Riigikantselei, lk 203
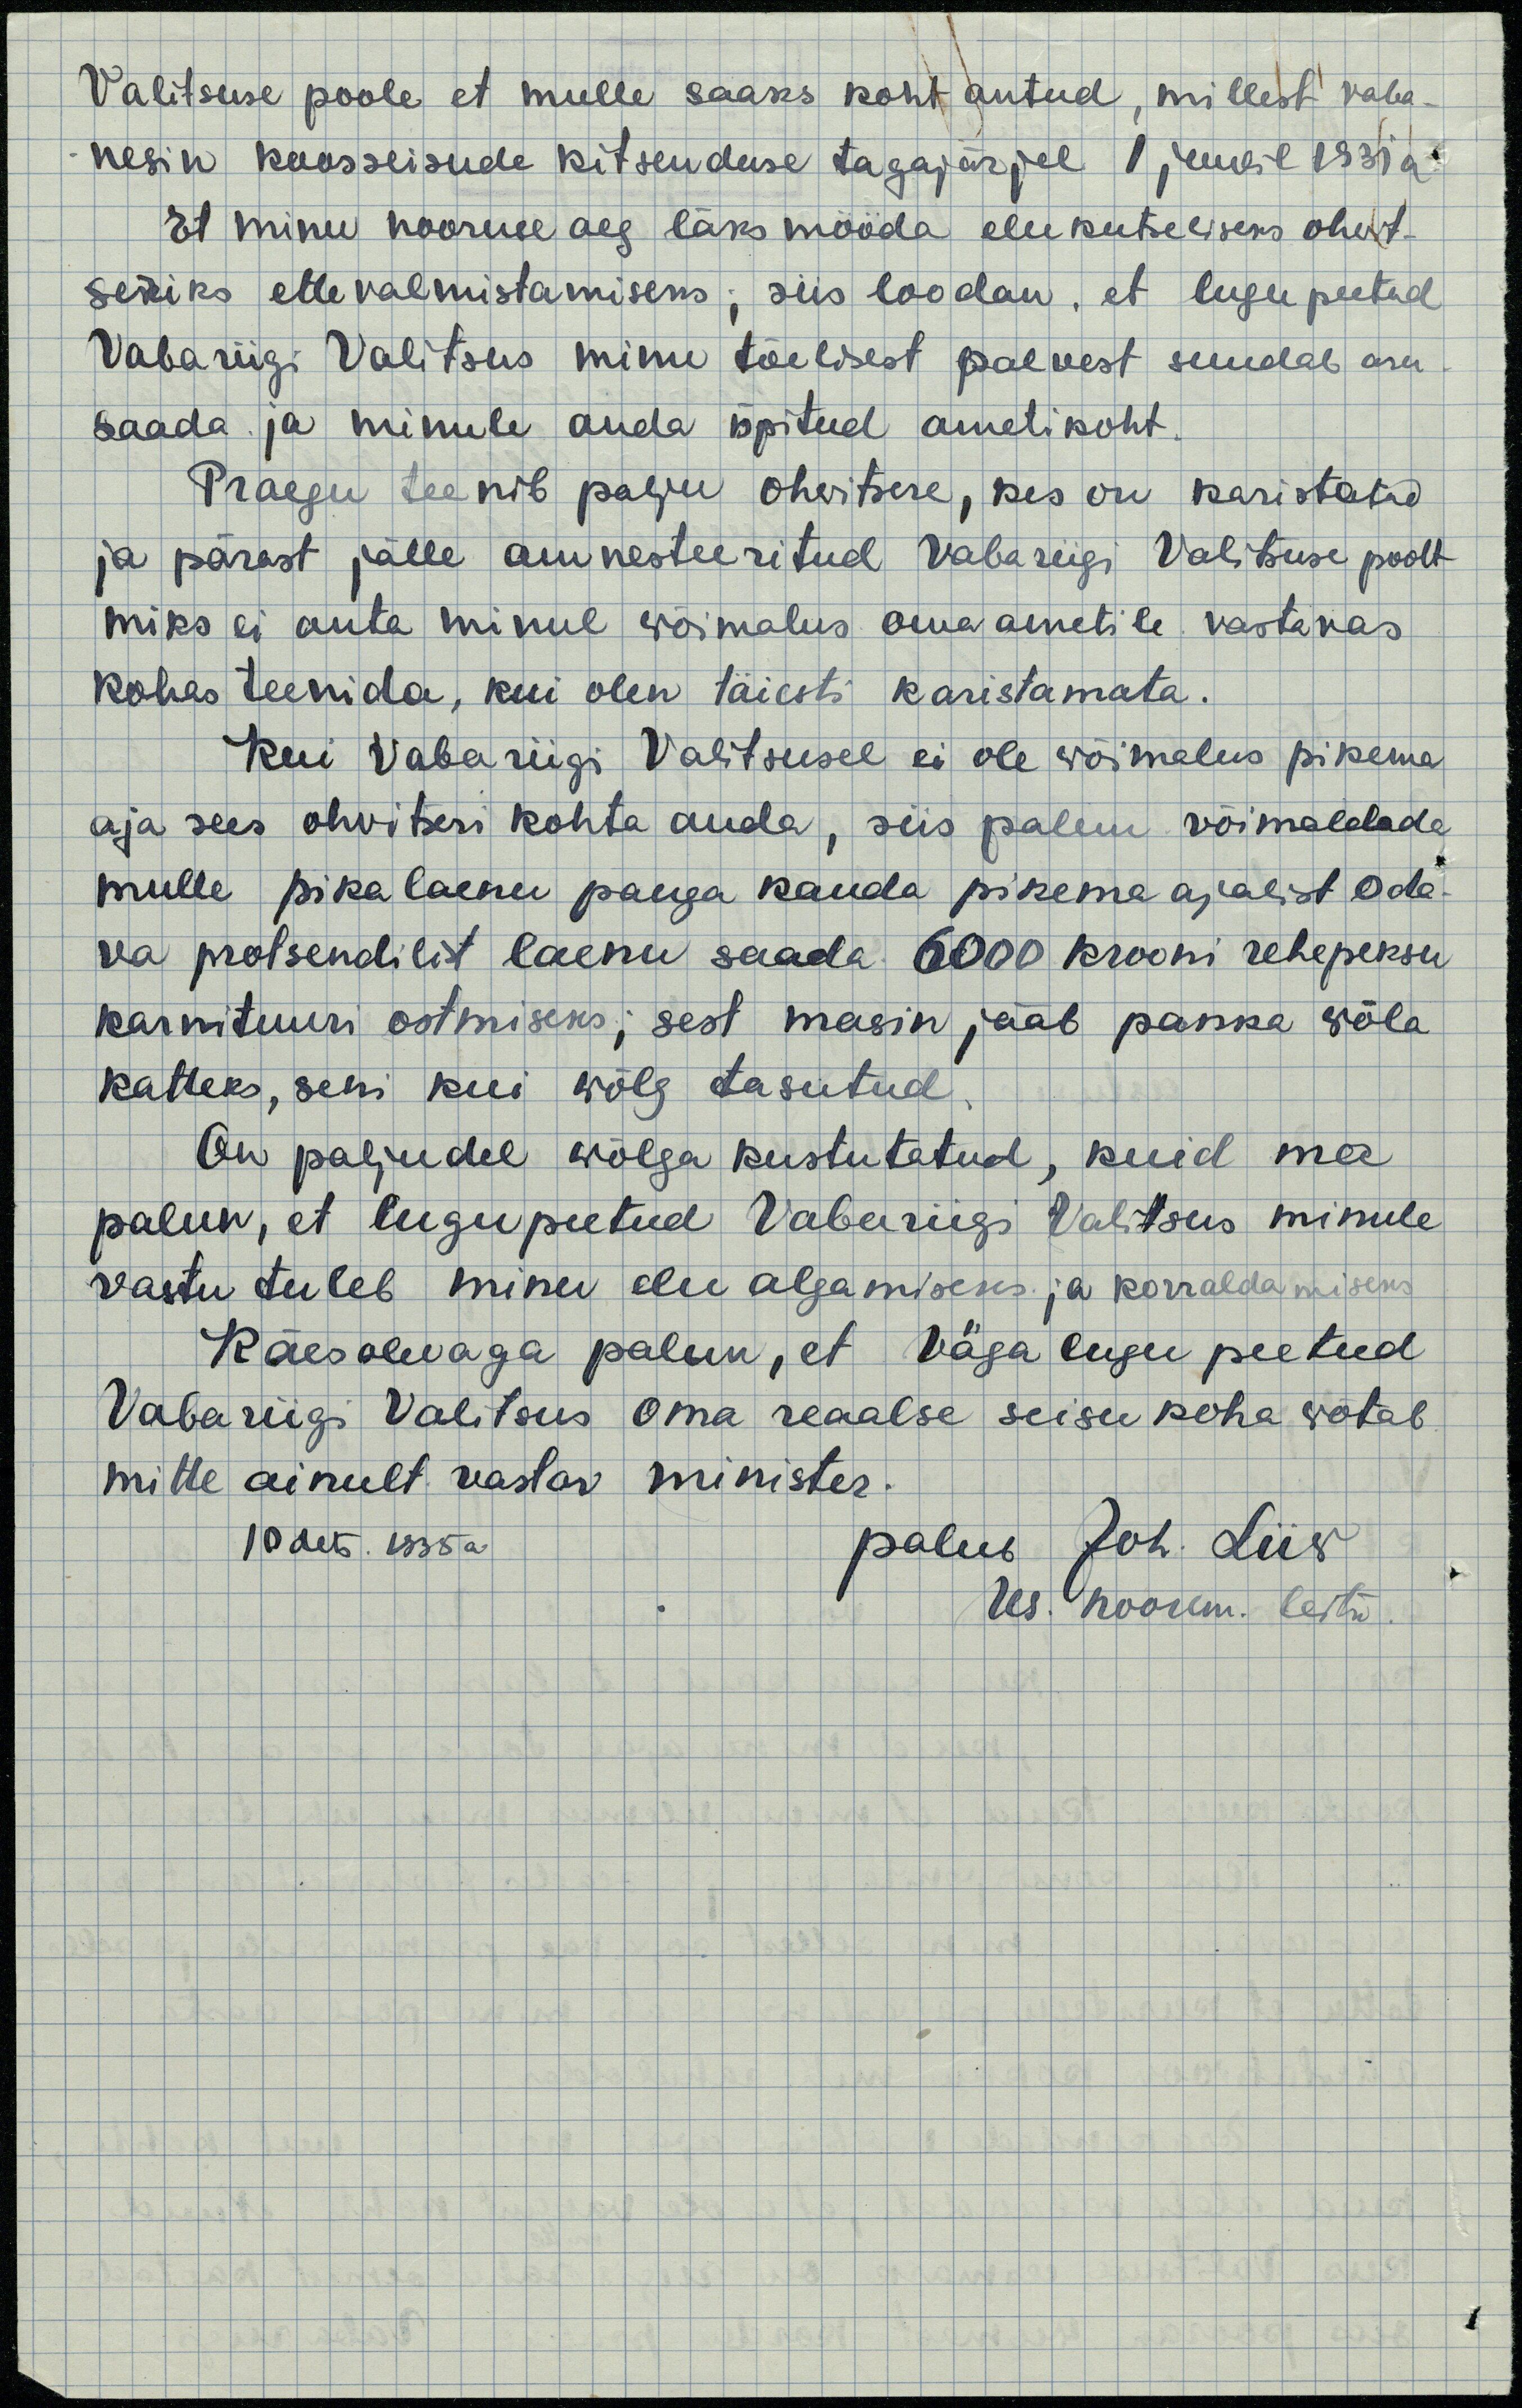
Valitsuse poole et mulle saaks koht antud, millest vaba-
nesin koosseisude kitsenduse tagajärjel 1 juulil 1931 a.
Et minu nooruse aeg läks mööda elukutseliseks ohvit-
seriks ettevalmistamiseks, siis loodan, et lugupeetud
Vabariigi Valitsus minu tõelisest palvest suudab aru
saada ja minule anda õpitud ametikoht
Praegu teenib palju ohvitsere, kes on karistatud
ja pärast jälle amnesteeritud Vabariigi Valitsuse poolt
miks ei anta minul wõimalus oma ametile vastavas
kohas teenida, kui olen täiesti karistamata.
Kui Vabariigi Valitsusel ei ole wõimalus pikema
aja sees ohvitseri kohta anda, siis palun võimaldada
mulle pika laenu panga kauda pikema ajalist oda-
va protsendilist laenu saada 6000 krooni rehepeksu
karnituuri ostmiseks; sest masin jääb panka wõla
katteks, seni kui wõlg tasutud
On paljudel wõlga kustutatud, kuid ma
palun, et lugupeetud Vabariigi Valitsus minule
vastu tuleb minu elu algamiseks ja korraldamiseks
Käesolevaga palun, et Väga lugu peetud
Vabariigi Valitsus oma reaalse seisukoha wõtab
mitte ainult vastav minister.
10 dets. 1935 a.
palub Joh. Liiw
res. noorem. leitn.